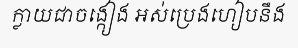
ក្លាយជាចង្កៀង អស់ប្រេងហៀបនឹង